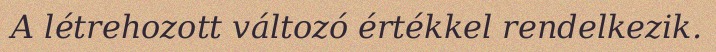
A létrehozott változó értékkel rendelkezik.